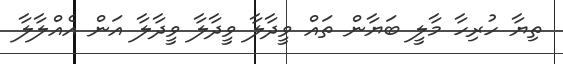
ތިޔާ ހުރިހާ މާލީ ބަޔާން ތައް ވީދާލާ ވީދާލާ ވީދާލާ އަން އެއްލާލާ